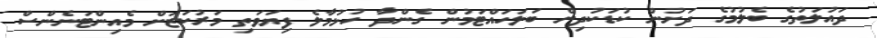
ދައުލަތުގެ ބެލުމުގެ ދަށުން ކުޑަކުދިން ބަލަހައްޓަމުން ގެންދާ ހުޅުމާލެ ފިޔަވަތި މަރުކަޒަށް މެއިންޓަނެންސް